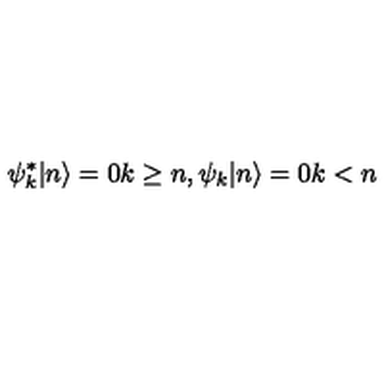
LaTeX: \psi _ { k } ^ { \ast } | n \rangle = 0 k \geq n , \psi _ { k } | n \rangle = 0 k < n